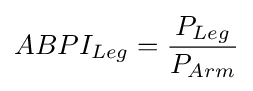
ABPI_{Leg}={\frac {P_{Leg}}{P_{Arm}}}